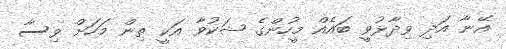
އޭނާ އަދި ވިދާޅުވީ ބައެއް މީހުންގެ ޝަކުވާ އަކީ ތިން މަހަށް ވިސާ